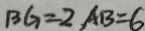
B G = 2 A B = 6